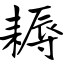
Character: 耨